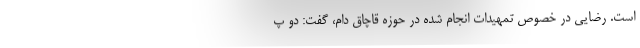
است. رضایی در خصوص تمهیدات انجام شده در حوزه قاچاق دام، گفت: دو پ